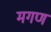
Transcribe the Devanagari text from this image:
मगण